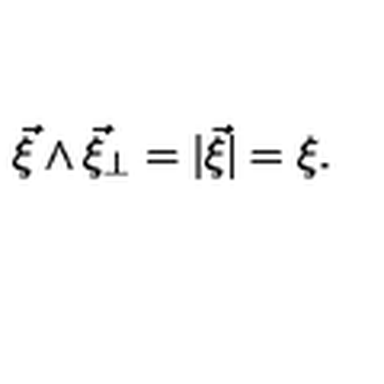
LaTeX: \vec { \xi } \wedge \vec { \xi } _ { \perp } = | \vec { \xi } | = \xi .